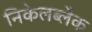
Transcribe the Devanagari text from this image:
निकेलब्लैक